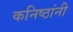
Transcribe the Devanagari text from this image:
कनिष्ठांनी